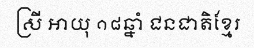
ស្រី អាយុ ១៨ឆ្នាំ ជនជាតិខ្មែរ